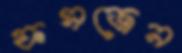
ফসজেন